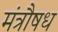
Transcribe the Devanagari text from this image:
मंत्रौषध